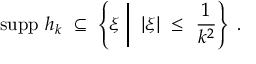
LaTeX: \mathrm { s u p p } \ h _ { k } \ \subseteq \ \left\{ \xi \biggm | \ | \xi | \ \leq \ \frac { 1 } { k ^ { 2 } } \right\} \ .